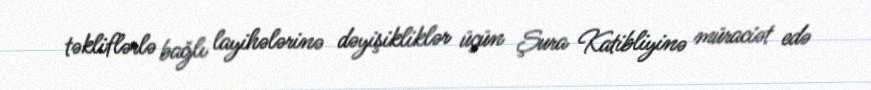
təkliflərlə bağlı layihələrinə dəyişikliklər üçün Şura Katibliyinə müraciət edə